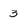
Character: 3